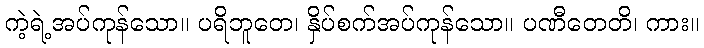
ကဲ့ရဲ့အပ်ကုန်သော။ ပရိဘူတေ၊ နှိပ်စက်အပ်ကုန်သော။ ပဏီတေတိ၊ ကား။